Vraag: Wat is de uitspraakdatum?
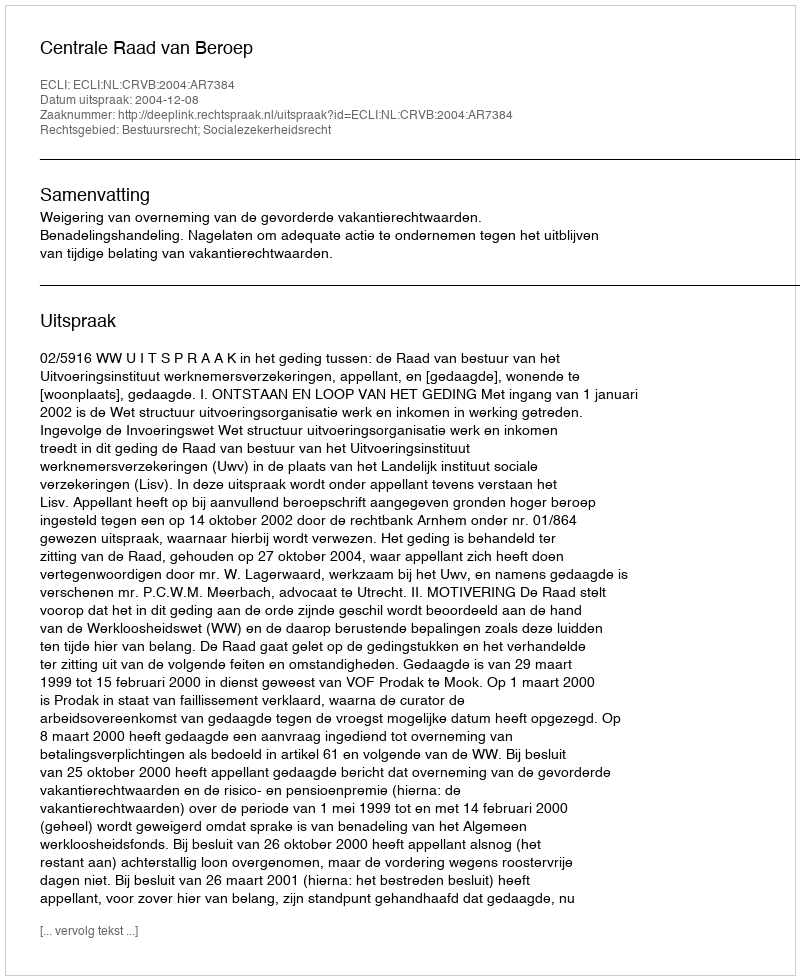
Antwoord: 2004-12-08